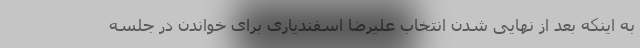
به اینکه بعد از نهایی شدن انتخاب علیرضا اسفندیاری برای خواندن در جلسه